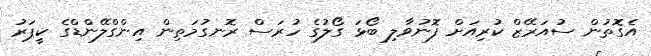
އެގޮތުން ސުއަރޭޒް ކުރިއަށް ފޮނުވާލި ބޯޅަ ގޯލުގެ ހުރަސް ރޮނގުމަތިން އިންގްލޭންޑްގެ ކީޕަރު